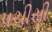
પચીસી